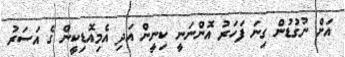
އަށް ނުގުޑުން ގިނަ ފަހަރު އޮންނަނީ ކިނީން އަދި އެމިއޮޑިކީން ގެ އަސަރު